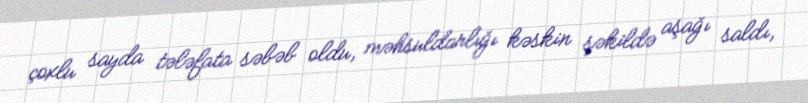
çoxlu sayda tələfata səbəb oldu, məhsuldarlığı kəskin şəkildə aşağı saldı,